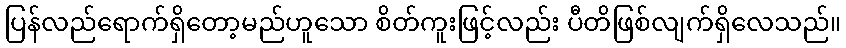
ပြန်လည်ရောက်ရှိတော့မည်ဟူသော စိတ်ကူးဖြင့်လည်း ပီတိဖြစ်လျက်ရှိလေသည်။